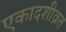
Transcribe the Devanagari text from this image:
एकादशीव्रत